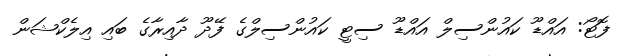
ފޮޓޯ: އައްޑޫ ކައުންސިލް އައްޑޫ ސިޓީ ކައުންސިލްގެ ފޭދޫ ދާއިރާގެ ބައި އިލެކްޝަން